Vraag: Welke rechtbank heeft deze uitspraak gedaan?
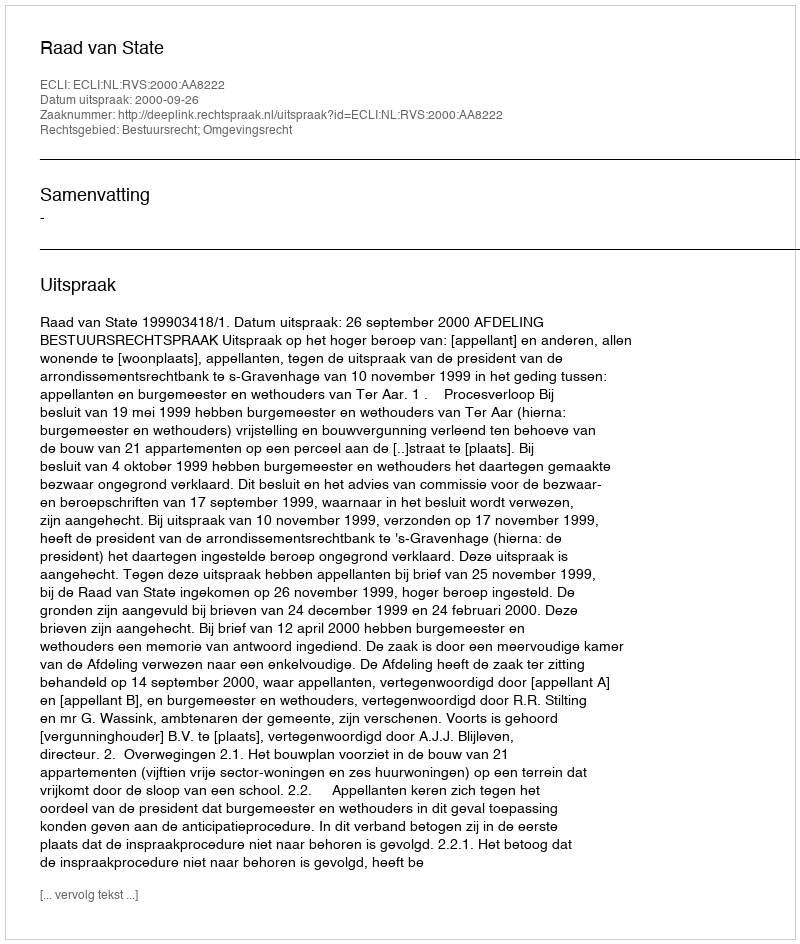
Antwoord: Raad van State